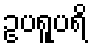
ဥပရူပရိ